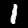
Label: 1